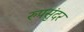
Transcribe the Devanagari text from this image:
रुपसुंदर